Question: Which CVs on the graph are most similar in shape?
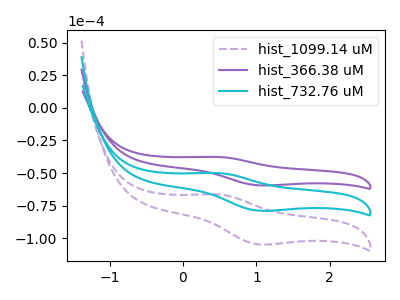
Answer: <think>The purple dashed curve "hist_1099.14 uM" has an anodic peak at (0.45V, -100.10uA) and a cathodic peak at (1.05V, -157.80uA). The purple curve "hist_366.38 uM" has an anodic peak at (0.45V, -37.70uA) and a cathodic peak at (1.05V, -59.45uA). The cyan curve "hist_732.76 uM" has an anodic peak at (0.45V, -50.05uA) and a cathodic peak at (1.05V, -78.90uA).
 All the peaks in "hist_1099.14 uM" have a peak in "hist_366.38 uM" at the same potential. All the peaks in "hist_1099.14 uM" have a peak in "hist_732.76 uM" at the same potential. All the peaks in "hist_366.38 uM" have a peak in "hist_732.76 uM" at the same potential.</think>
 <answer>"hist_366.38 uM", "hist_1099.14 uM" and "hist_732.76 uM" have the same shape and are likely CV's of the same chemical.</answer>
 <eval>"hist_366.38 uM" "hist_1099.14 uM" "hist_732.76 uM"</eval>